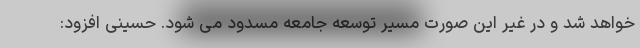
خواهد شد و در غیر این صورت مسیر توسعه جامعه مسدود می شود. حسینی افزود: